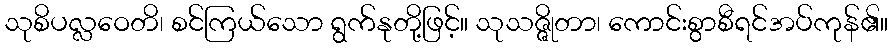
သုစိပလ္လဝေတိ၊ စင်ကြယ်သော ရွက်နုတို့ဖြင့်။ သုသဇ္ဇိုတာ၊ ကောင်းစွာစီရင်အပ်ကုန်၏။